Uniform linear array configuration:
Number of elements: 12
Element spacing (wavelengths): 0.5
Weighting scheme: uniform
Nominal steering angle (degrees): -60
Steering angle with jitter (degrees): -60.512
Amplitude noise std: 0.05
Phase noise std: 0.05

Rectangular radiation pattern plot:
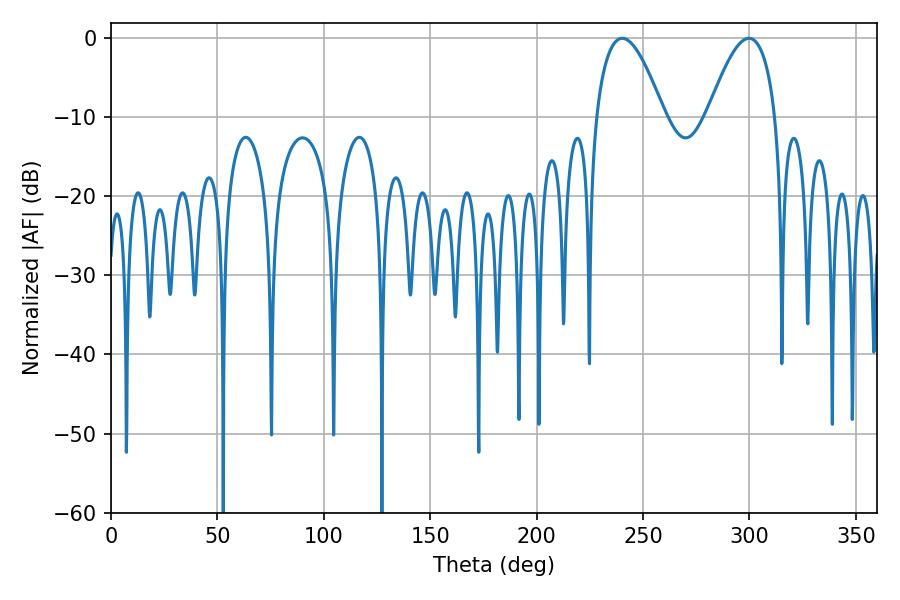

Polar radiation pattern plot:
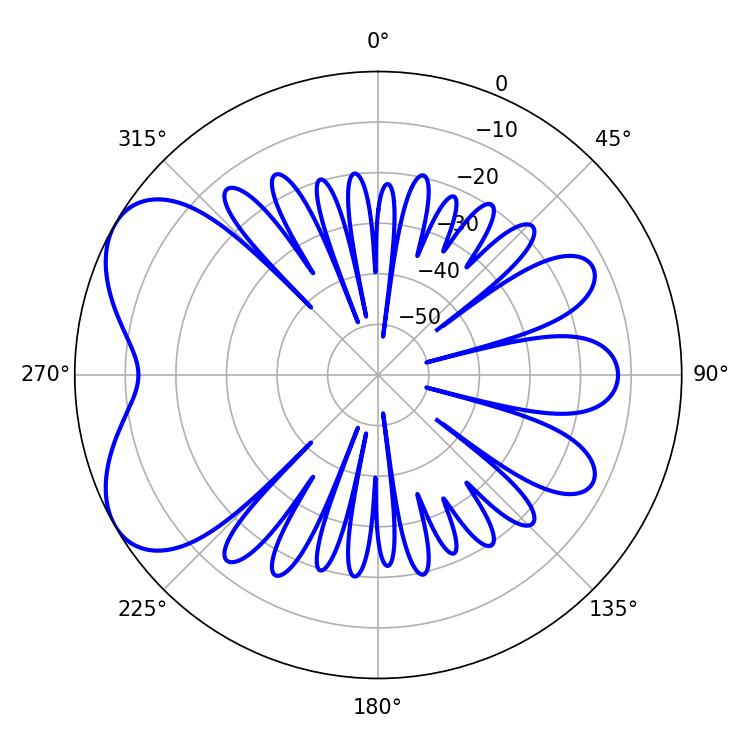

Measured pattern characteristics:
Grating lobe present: FALSE
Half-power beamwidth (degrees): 17.46
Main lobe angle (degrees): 240.3